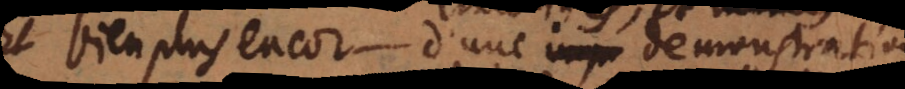
Et bien plus encor d’une demonstration